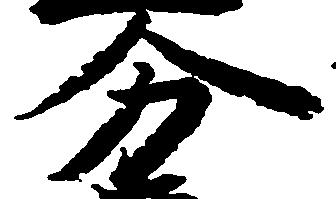
分